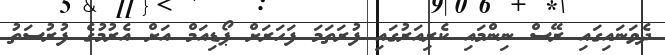
ދެވަނައިގައި ރޭސް ނިންމައި ކެރިއަރުގައި ފުރަތަމަ ފަހަރަށް ޕޯޑިއަމް އަށް އެރުމުގެ ފުރުސަތު